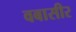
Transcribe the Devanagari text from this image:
वबासीर